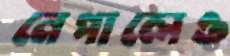
নেপালেও